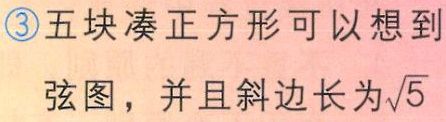
\textcircled{3}五块凑正方形可以想到

弦图，并且斜边长为\(\sqrt{5}\)